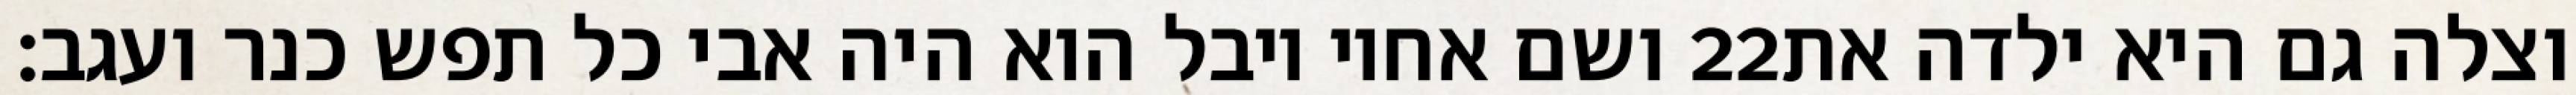
ושם אחיו יובל הוא היה אבי כל תפש כנר ועגב׃ ‎22‏ וצלה גם היא ילדה את